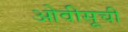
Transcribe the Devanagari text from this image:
ओवीसूची